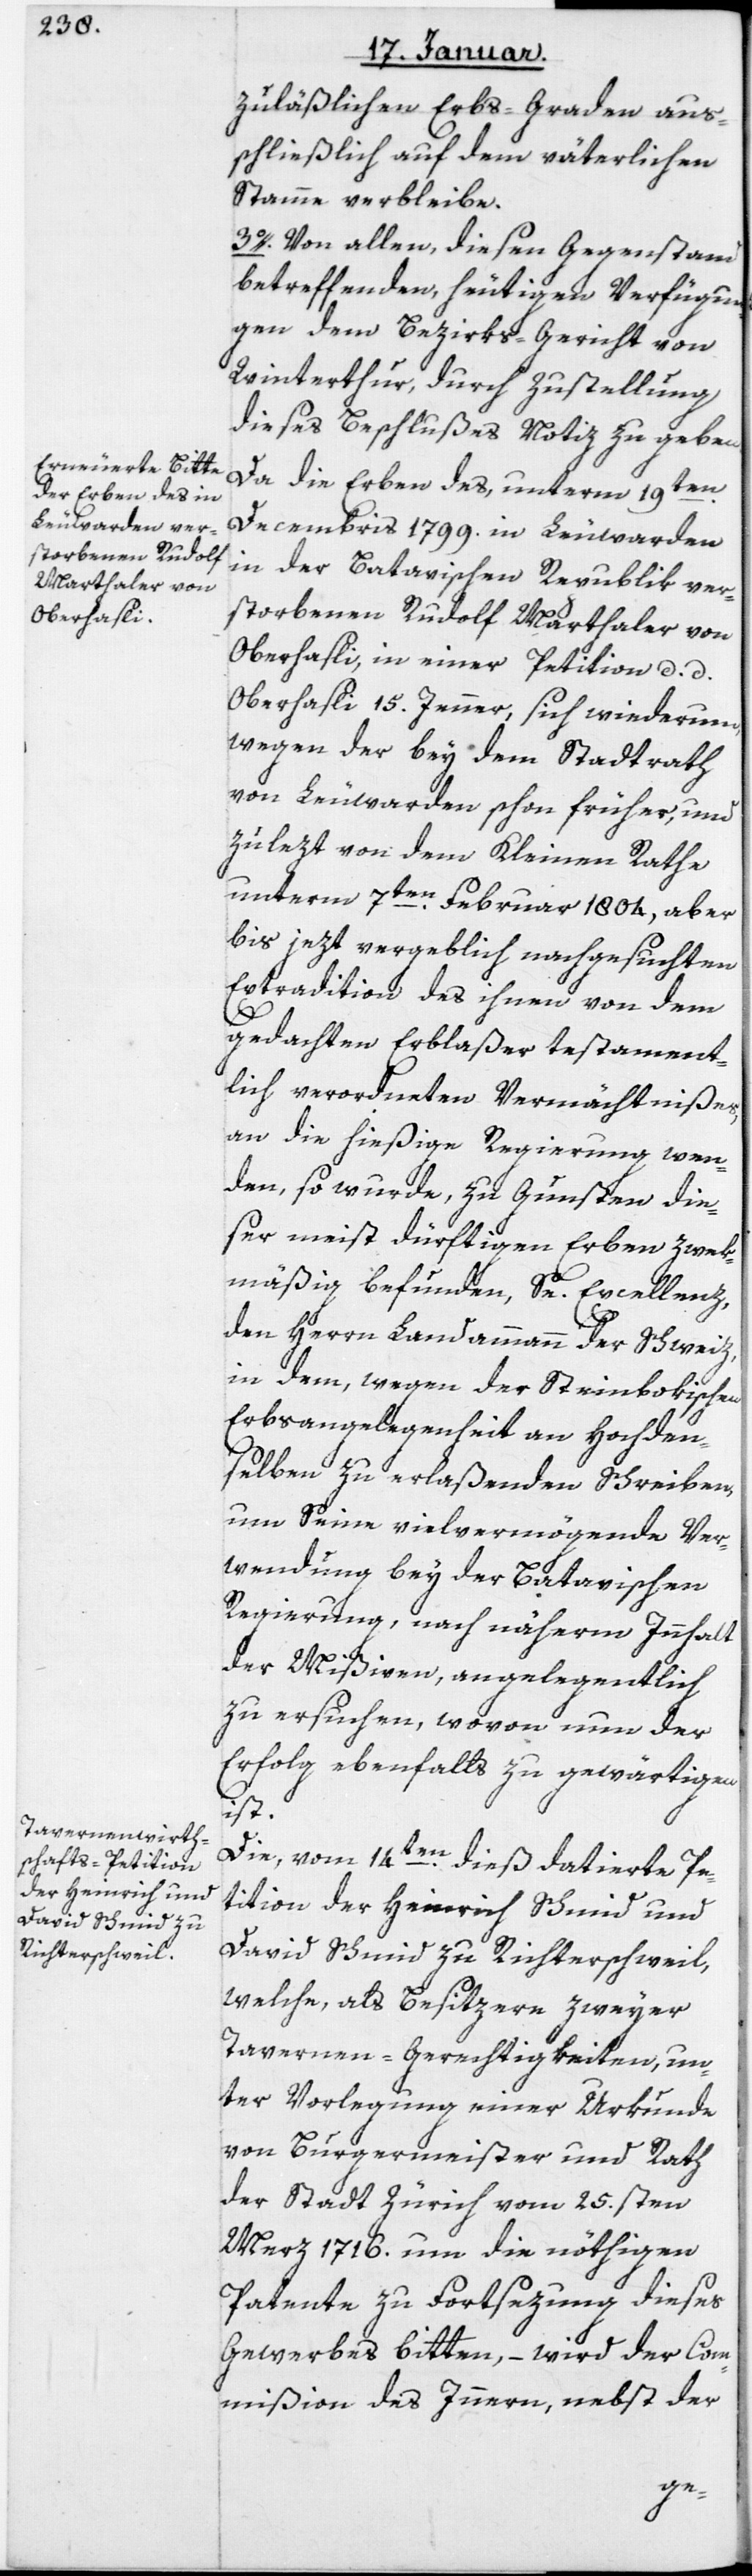
Oberhasli

zuläßlichen Erbs-Graden aus¬
schließlich auf dem väterlichen
Stamme verbleibe.
3. Von allen, diesen Gegenstand
betreffenden heutigen Verfügun¬
gen, dem Bezirks-Gericht von
Winterthur, durch Zustellung
dieses Beschlußes, Notiz zu geben.
Da die Erben des, unterm 19ten
Decembris 1799 in Leuwarden
in der Batavischen Republik ver¬
storbenen Rudolf Marthaler vn
Oberhasli, in einer Petiton d. d.
wegen der bey dem Stadtrath
von Leeuwarden schon früher, und
zulezt von dem Kleinen Rathe
unterm 7ten Februar 1804, aber
bis jezt vergeblich nachgesuchten
Extradition des ihnen von dem
gedachten Erblaßer testament¬
lich verordneten Vermächtnißes,
an die hießige Regierung wen¬
den, so wurde, zu Gunsten die¬
ser meist dürftigen Erben zwek¬
mäßig befunden, Se Excellenz,
den Herrn Landammann der Schweiz,
in dem, wegen der Steinbokischen
Erbs-Angelegenheit an Hochden¬
selben zu erlaßenden Schreiben,
um seine vielvermögende Ver¬
wendung bey der Batavischen
Regierung, nach näherm Inhalt
der Mißiven, angelegentlich
zu ersuchen, wovon nun der
Erfolg ebenfalls zu gewärtigen
ist.
Die vom 14ten dieß datierte Pe¬
tition der Heinrich Schmid und
David Schmid zu Richterschweil,
welche, als Besitzere zweyer
Tavernen-Gerechtigkeiten, un¬
ter Vorlegung einer Urkunde
von Burgermeister und Rath
der Stadt Zürich vom 25sten
Merz 1716 um die nöthigen
Patente zu Fortsezung dieses
Gewerbes bitten, – wird der Com¬
mißion des Innern, nebst der